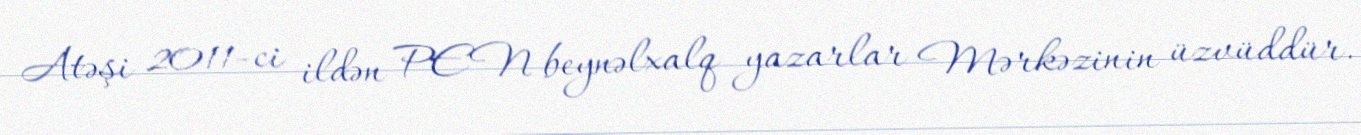
Atəşi 2011-ci ildən PEN beynəlxalq yazarlar Mərkəzinin üzvüddür.